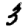
Digit: 3